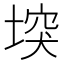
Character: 堗